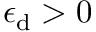
\epsilon _ { \mathrm { d } } > 0